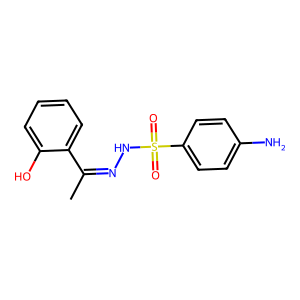
SMILES: CC(=NNS(=O)(=O)c1ccc(N)cc1)c1ccccc1O
Inhibits HIV replication: No